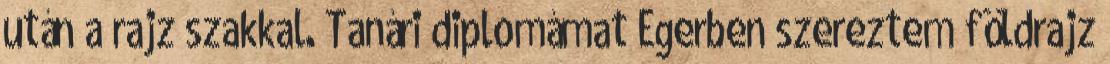
után a rajz szakkal. Tanári diplomámat Egerben szereztem földrajz